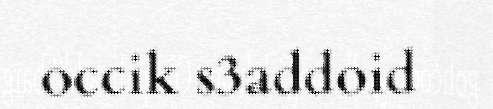
occik s3addoid